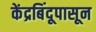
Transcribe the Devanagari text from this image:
केंद्रबिंदूपासून